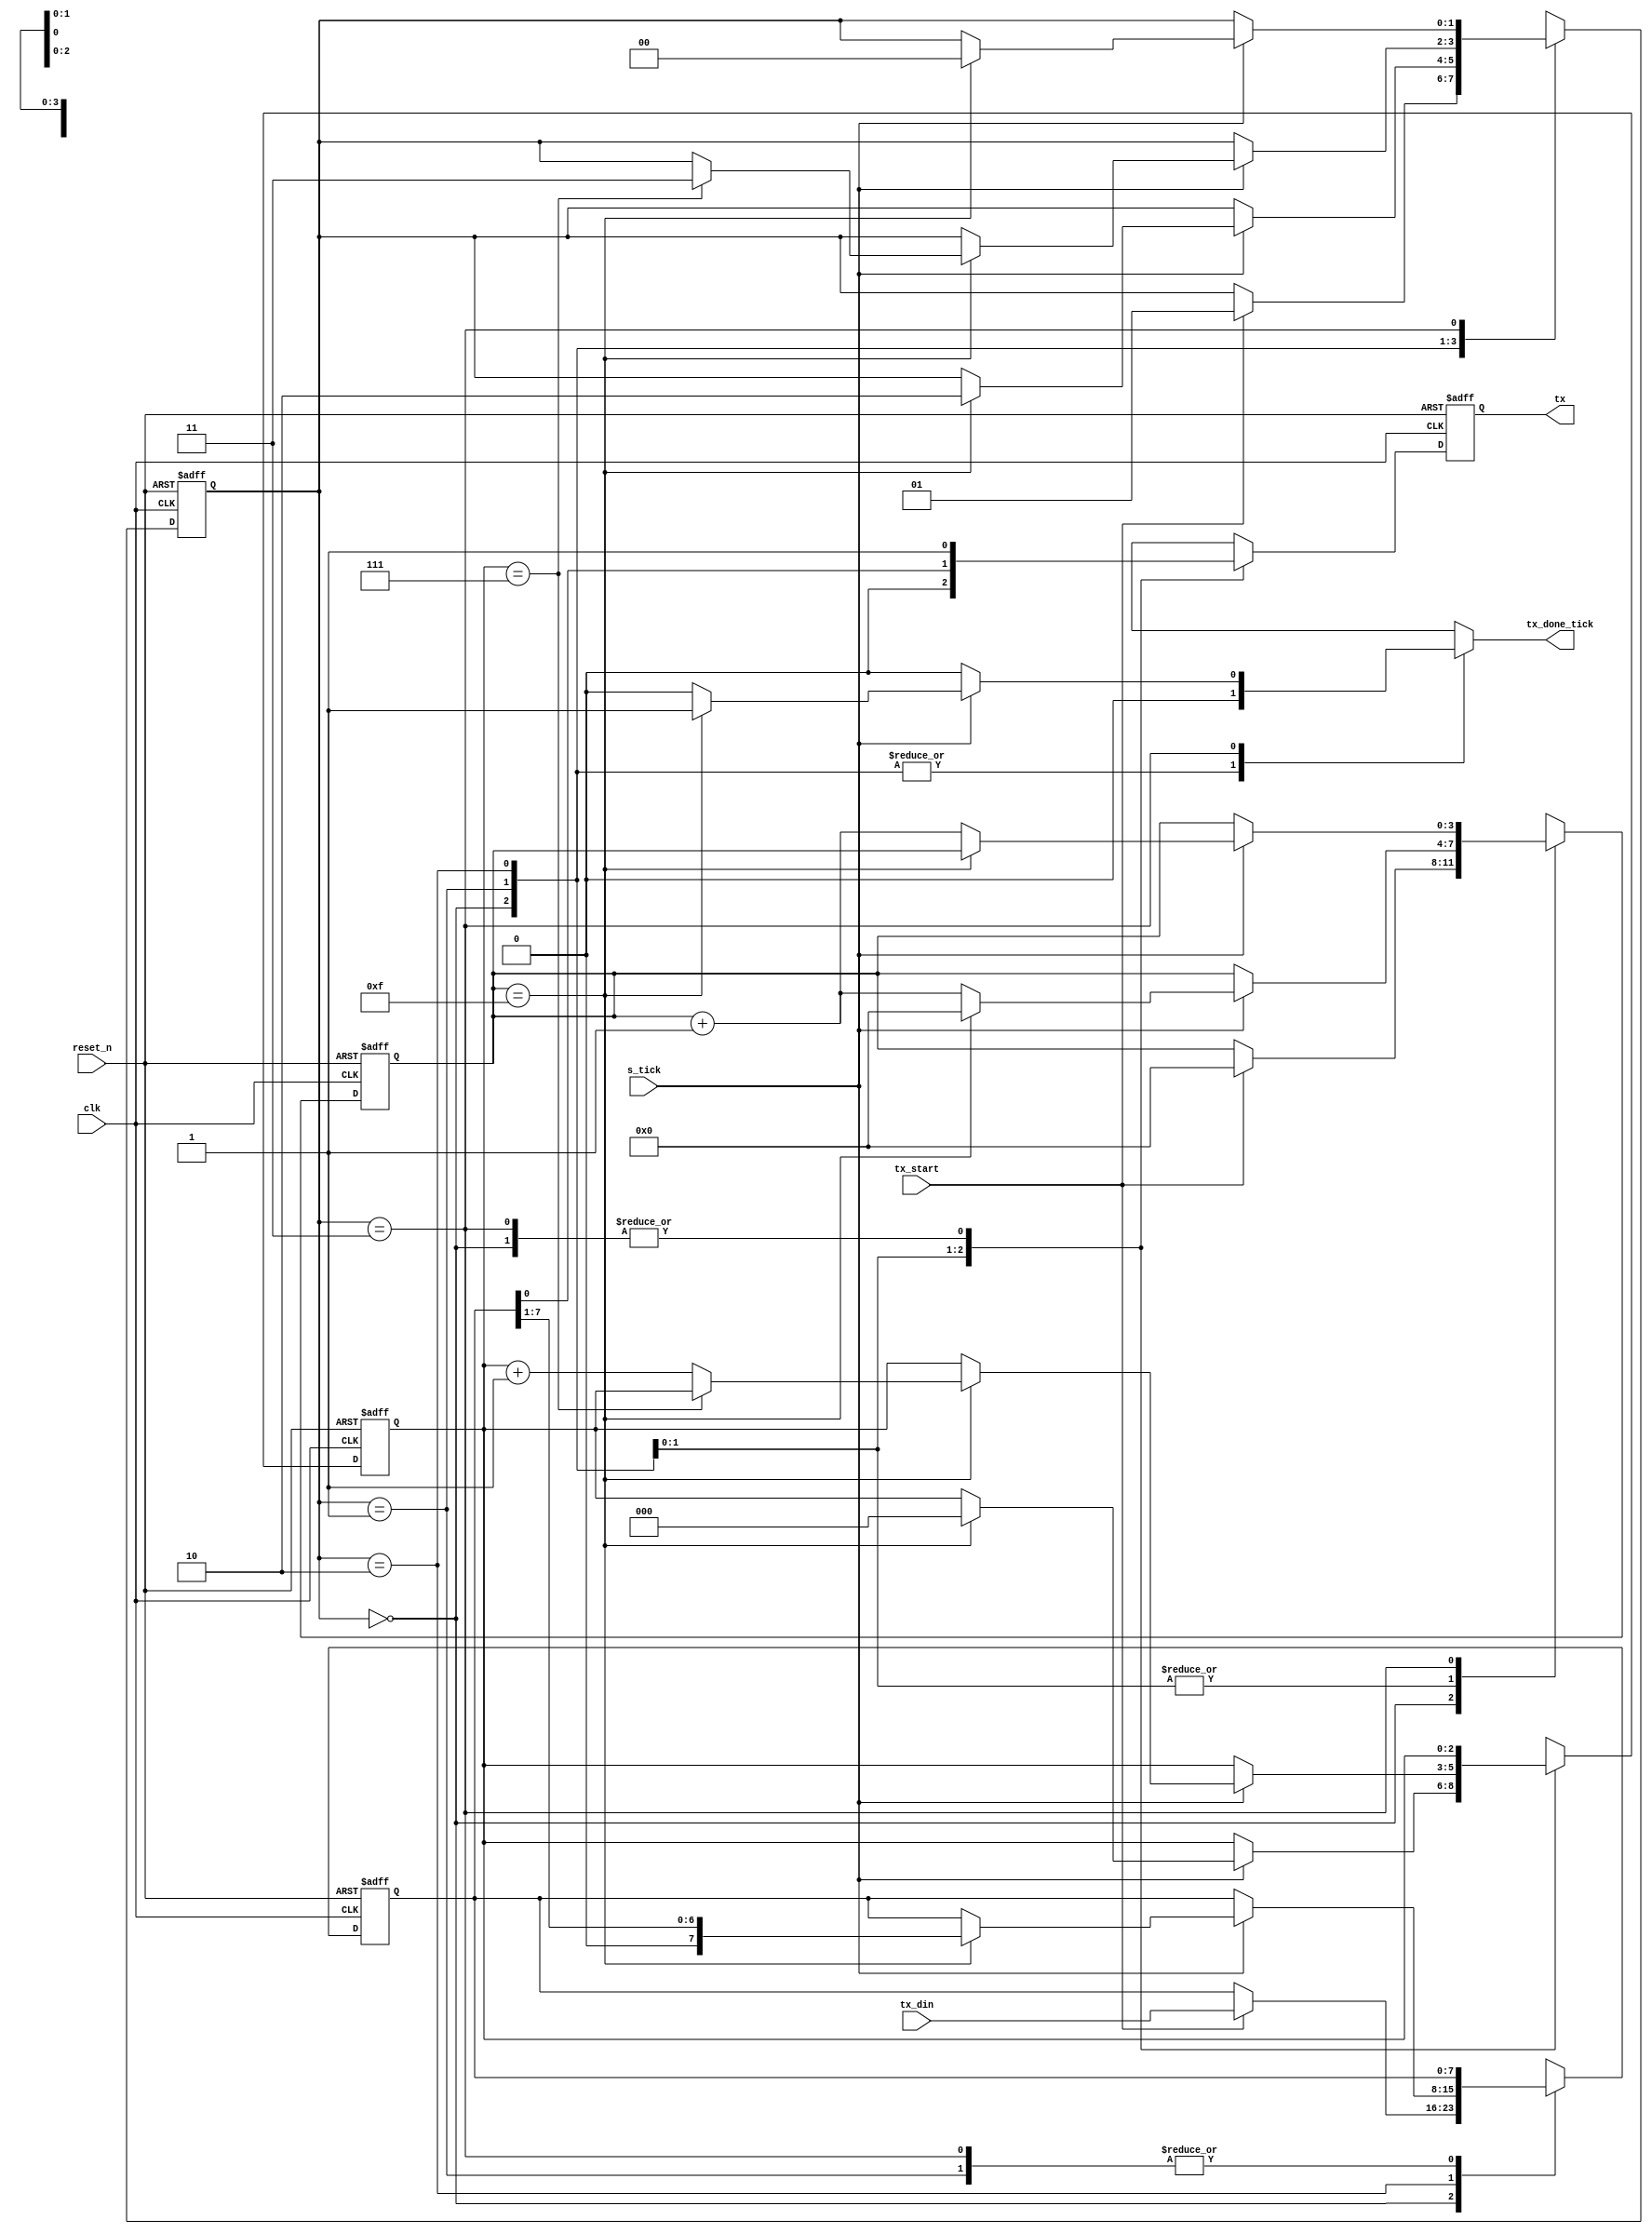
`timescale 1ns / 1ps

module uart_tx
    #(parameter DBIT = 8,    // # data bits
                SB_TICK = 16 // # stop bit ticks
    )
    (
        input clk, reset_n,
        input tx_start, s_tick,        
        input [DBIT - 1:0] tx_din,
        output reg tx_done_tick,
        output tx
        
    );
    
    localparam  idle = 0, start = 1,
                data = 2, stop = 3;
                
    reg [1:0] state_reg, state_next;
    reg [3:0] s_reg, s_next;                // keep track of the baud rate ticks (16 total)
    reg [$clog2(DBIT) - 1:0] n_reg, n_next; // keep track of the number of data bits transmitted
    reg [DBIT - 1:0] b_reg, b_next;         // shift the transmitted data bits
    reg tx_reg, tx_next;                    // track the transmitted bit
    
    // State and other registers
    always @(posedge clk, negedge reset_n)
    begin
        if (~reset_n)
        begin
            state_reg <= idle;
            s_reg <= 0;
            n_reg <= 0;
            b_reg <= 0;
            tx_reg <= 1'b1;
        end
        else
        begin
            state_reg <= state_next;
            s_reg <= s_next;
            n_reg <= n_next;
            b_reg <= b_next;
            tx_reg <= tx_next;
        end
    end
    
    // Next state logic
    always @(*)
    begin
        state_next = state_reg;
        s_next = s_reg;
        n_next = n_reg;
        b_next = b_reg;
        tx_done_tick = 1'b0;
        case (state_reg)
            idle:   
            begin    
                tx_next = 1'b1;         
                if (tx_start)
                begin
                    s_next = 0;
                    b_next = tx_din;
                    state_next = start;                        
                end
            end                 
            start:    
            begin
                tx_next = 1'b0;            
                if (s_tick)
                    if (s_reg == 15)
                    begin
                        s_next = 0;
                        n_next = 0;
                        state_next = data;
                    end
                    else                        
                        s_next = s_reg + 1;
            end                                                                                       
            data:
            begin
                tx_next = b_reg[0];
                if (s_tick)
                    if(s_reg == 15)
                    begin
                        s_next = 0;
                        b_next = {1'b0, b_reg[DBIT - 1:1]}; // Right shift
                        if (n_reg == (DBIT - 1))
                            state_next = stop;
                        else
                            n_next = n_reg + 1;
                    end
                    else
                        s_next = s_reg + 1;
            end
            stop:
            begin
                tx_next = 1'b1;
                if (s_tick)
                    if(s_reg == (SB_TICK - 1))
                    begin
                        tx_done_tick = 1'b1;
                        state_next = idle;
                    end
                    else
                        s_next = s_reg + 1;                        
            end
            default:
                state_next = idle;
        endcase
    end
    
    // output logic
    assign tx = tx_reg;

endmodule